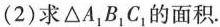
(2)求\triangle A_{1}B_{1}C_{1}的面积.